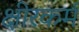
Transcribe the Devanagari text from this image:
क्षीरकर्म